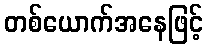
တစ်ယောက်အနေဖြင့်